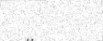
١٠